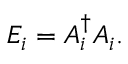
E _ { i } = A _ { i } ^ { \dagger } A _ { i } .